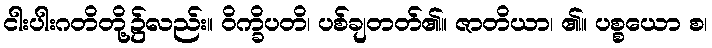
ငါးပါးဂတိတို့၌လည်း။ ဝိက္ခိပတိ၊ ပစ်ချတတ်၏။ ဇာတိယာ၊ ၏။ ပစ္စယော စ၊